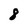
Character: 8